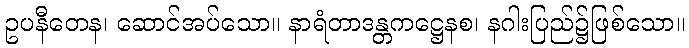
ဥပနီတေန၊ ဆောင်အပ်သော။ နာရံတာဒန္တကဋ္ဌေနစ၊ နဂါးပြည်၌ဖြစ်သော။